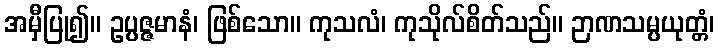
အမှီပြု၍။ ဥပ္ပဇ္ဇမာနံ၊ ဖြစ်သော။ ကုသလံ၊ ကုသိုလ်စိတ်သည်။ ဉာဏသမ္ပယုတ္တံ၊